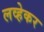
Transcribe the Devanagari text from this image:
लव्हेकर